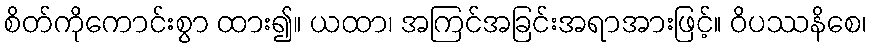
စိတ်ကိုကောင်းစွာ ထား၍။ ယထာ၊ အကြင်အခြင်းအရာအားဖြင့်။ ဝိပဿနိစေ၊